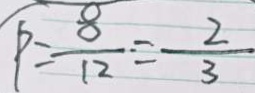
P = \frac { 8 } { 1 2 } = \frac { 2 } { 3 }